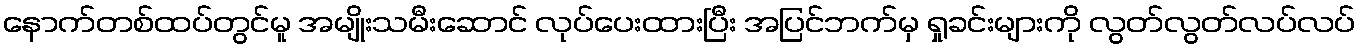
နောက်တစ်ထပ်တွင်မူ အမျိုးသမီးဆောင် လုပ်ပေးထားပြီး အပြင်ဘက်မှ ရှုခင်းများကို လွတ်လွတ်လပ်လပ်